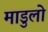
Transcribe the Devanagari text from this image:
माडुलो